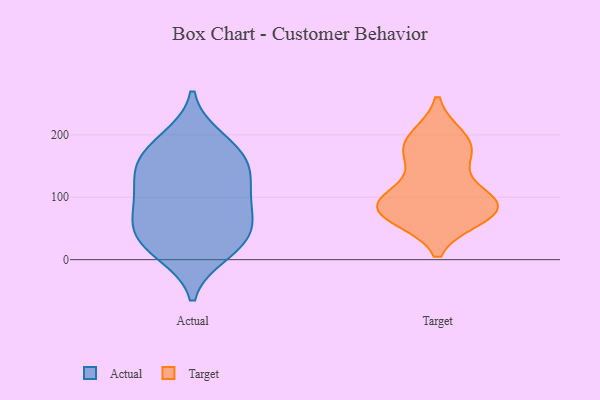
{"axis": {"x": "Temperature (°C)", "y": "Value"}, "legend": ["Actual", "Target"], "data": [{"x": "", "y": 30, "type": "Actual"}, {"x": "", "y": 123, "type": "Actual"}, {"x": "", "y": 146, "type": "Actual"}, {"x": "", "y": 192, "type": "Actual"}, {"x": "", "y": 80, "type": "Actual"}, {"x": "", "y": 12, "type": "Actual"}, {"x": "", "y": 90, "type": "Actual"}, {"x": "", "y": 29, "type": "Actual"}, {"x": "", "y": 40, "type": "Actual"}, {"x": "", "y": 130, "type": "Actual"}, {"x": "", "y": 69, "type": "Actual"}, {"x": "", "y": 171, "type": "Actual"}, {"x": "", "y": 169, "type": "Actual"}, {"x": "", "y": 95, "type": "Target"}, {"x": "", "y": 165, "type": "Target"}, {"x": "", "y": 81, "type": "Target"}, {"x": "", "y": 77, "type": "Target"}, {"x": "", "y": 70, "type": "Target"}, {"x": "", "y": 190, "type": "Target"}, {"x": "", "y": 100, "type": "Target"}, {"x": "", "y": 195, "type": "Target"}, {"x": "", "y": 170, "type": "Target"}, {"x": "", "y": 81, "type": "Target"}, {"x": "", "y": 85, "type": "Target"}]}